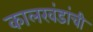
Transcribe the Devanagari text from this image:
कालखंडांची